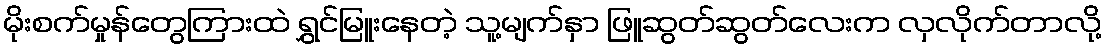
မိုးစက်မှုန်တွေကြားထဲ ရွှင်မြူးနေတဲ့ သူ့မျက်နှာ ဖြူဆွတ်ဆွတ်လေးက လှလိုက်တာလို့